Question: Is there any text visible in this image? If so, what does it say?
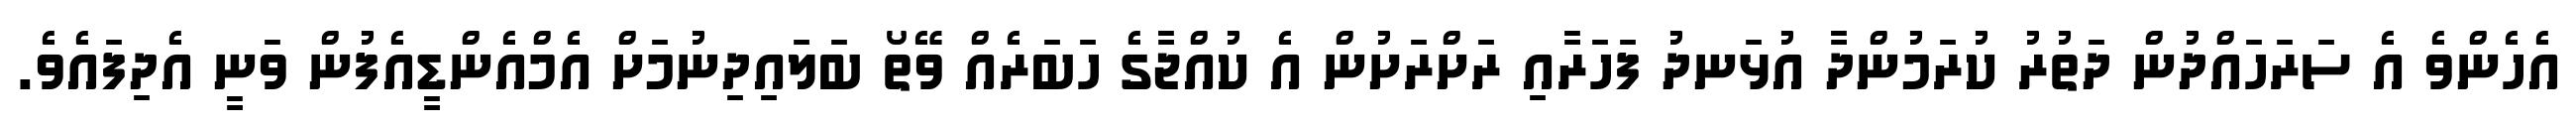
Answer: އެހެންވެ އެ ސަރަހައްދުން ދަތުރު ކުރަމުންދާ އުޅަނދު ފަހަރާއި ރަށްރަށުން އެ ކުއްޖާގެ ހަބަރެއް ވޭތޯ ބަލައިދިނުމަށް އެމްއެންޑީއެފުން ވަނީ އެދިފައެވެ.